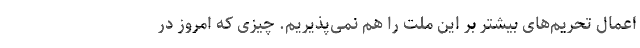
اعمال تحریم‌های بیشتر بر این ملت را هم نمی‌پذیریم. چیزی که امروز در